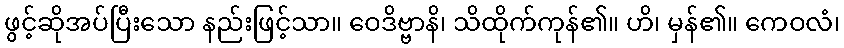
ဖွင့်ဆိုအပ်ပြီးသော နည်းဖြင့်သာ။ ဝေဒိဗ္ဗာနိ၊ သိထိုက်ကုန်၏။ ဟိ၊ မှန်၏။ ကေဝလံ၊